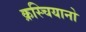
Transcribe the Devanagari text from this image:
क्रस्चियानो